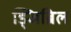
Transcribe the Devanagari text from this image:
ड्जिब्रिल